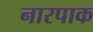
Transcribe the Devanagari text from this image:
नारपाक